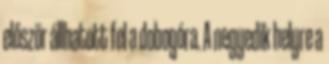
először állhatott fel a dobogóra. A negyedik helyre a